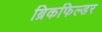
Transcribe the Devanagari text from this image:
ब्रिकफिल्डर